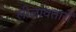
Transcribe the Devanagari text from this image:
लीलावतारों